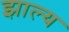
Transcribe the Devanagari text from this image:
झाल्य